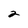
Character: 2